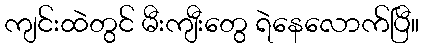
ကျင်းထဲတွင် မီးကျီးတွေ ရဲနေလောက်ပြီ။